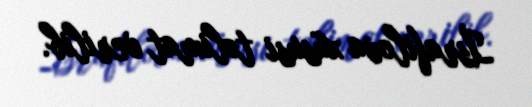
İsrafilova xüsusi təlimat verilib.